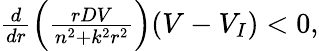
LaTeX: \begin{array}{r}{\frac{d}{dr}\left(\frac{rDV}{n^{2}+k^{2}r^{2}}\right)(V-V_{I})<0,}\end{array}